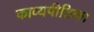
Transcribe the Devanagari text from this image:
काव्यपीठिका